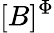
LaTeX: [B]^{\Phi}